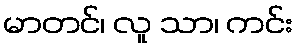
မာတင်၊ လူ သာ၊ ကင်း